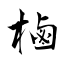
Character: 樐